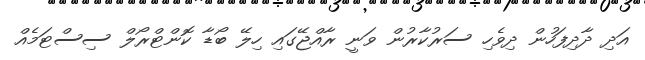
އަދި ދާދިފަހުން ދިވެހި ސަރުކާރުން ވަނީ ރާއްޖޭގައި ހިލޭ ބޯޑާ ކޮންޓްރޯލް ސިސްޓަމެއް